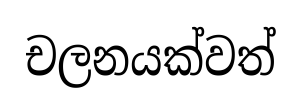
චලනයක්වත්